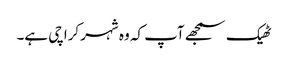
ٹھیک سمجھے آپ کہ وہ شہر کراچی ہے۔